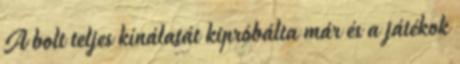
A bolt teljes kínálatát kipróbálta már és a játékok